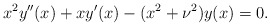
\begin{align*}x^2y''(x)+xy'(x)-(x^2+\nu^2)y(x)=0.\end{align*}